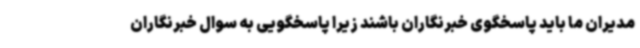
مدیران ما باید پاسخگوی خبرنگاران باشند زیرا پاسخگویی به سوال خبرنگاران